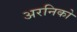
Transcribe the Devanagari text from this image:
अरनिको